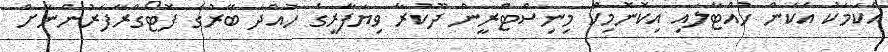
އެކަމަކު އެކަން ހުއްޓާލައި އިކޮނޮމިކް މިނިސްޓްރީން ދޫކުރާ ވިޔަފާރީގެ ހުއްދަ ބޭރުގެ ފޮޓޯގްރާފަރުންނަށް